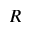
R